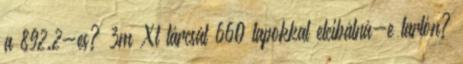
a 892.2-es? 3m Xt tárcsát 660 lapokkal elcibálná-e tarlón?